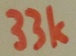
Text: 33k